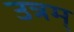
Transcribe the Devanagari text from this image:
उत्रम्